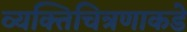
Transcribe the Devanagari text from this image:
व्यक्तिचित्रणाकडे